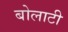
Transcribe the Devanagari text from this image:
बोलाटी